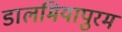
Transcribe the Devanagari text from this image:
डालमियापुरम